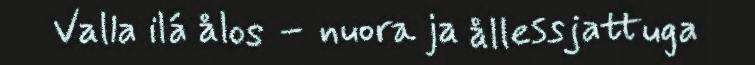
Valla ilá ålos – nuora ja ållessjattuga